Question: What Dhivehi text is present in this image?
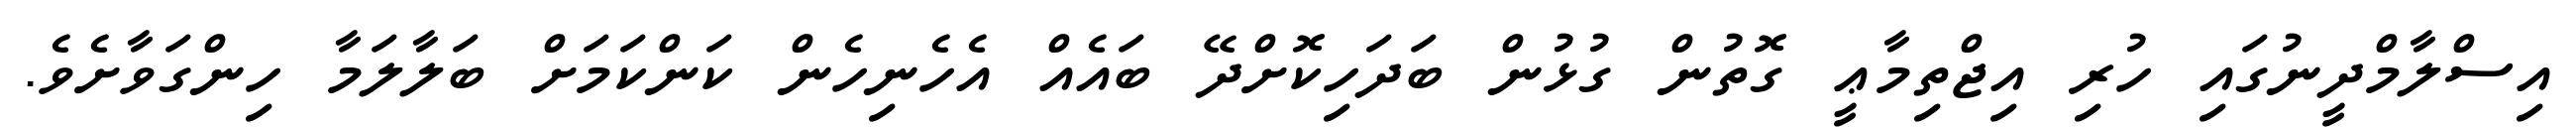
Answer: އިސްލާމްދީނުގައި ހުރި އިޖްތިމާޢީ ގޮތުން ގުޅުން ބަދަހިކޮށްދޭ ބައެއް އެހެނިހެން ކަންކަމަށް ބަލާލަމާ ހިންގަވާށެވެ.